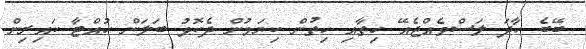
ބޭބެ ހާދަ ލަސްވެއްޖެއޭ ހިތާއި ހިތުން ކިޔަމުން ދެކޮޅު ބަލަން ހުއްޓާ ކައިރިން